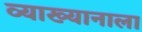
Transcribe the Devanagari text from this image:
व्याख्यानाला